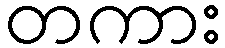
တကား